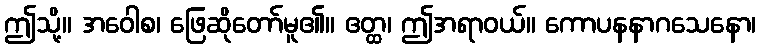
ဤသို့။ အဝေါစ၊ ဖြေဆိုတော်မူ၏။ ဧတ္ထ၊ ဤအရာဝယ်။ ကောပနနာဂသေနော၊